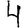
Digit: 4